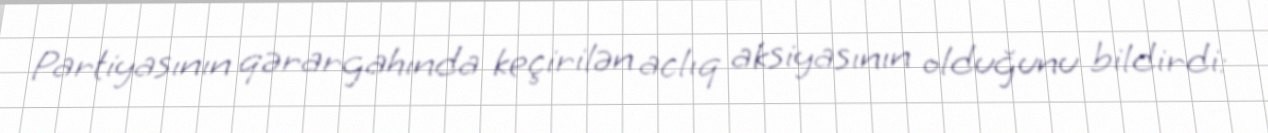
Partiyasının qərargahında keçirilən aclıq aksiyasının olduğunu bildirdi: